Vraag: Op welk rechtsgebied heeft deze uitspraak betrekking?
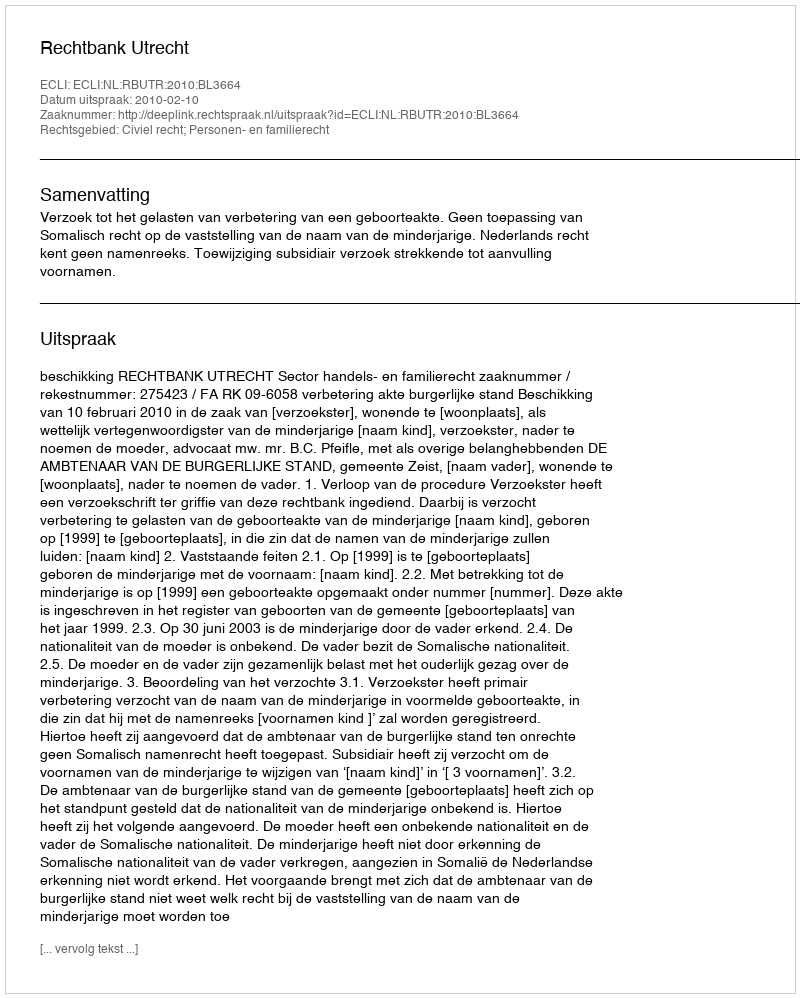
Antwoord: Civiel recht; Personen- en familierecht